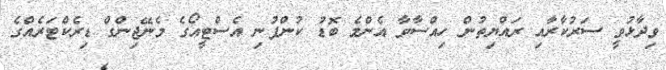
ވިދާޅުވީ ސަރުކާރާއި ރައްޔިތުން ހިއްސާވާ އެންމެ ބޮޑު ކުންފުނި އެސްޓީއޯގެ މެނޭޖިންގް ޑިރެކްޓަރެއްގެ